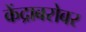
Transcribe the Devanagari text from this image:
केंद्राबरोबर